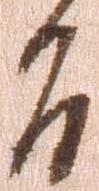
旨